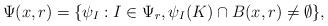
LaTeX: \begin{align*} \Psi (x,r) = \lbrace \psi_I: I \in \Psi_r , \psi_I (K) \cap B(x,r) \neq \emptyset \rbrace,\end{align*}